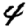
Digit: 4